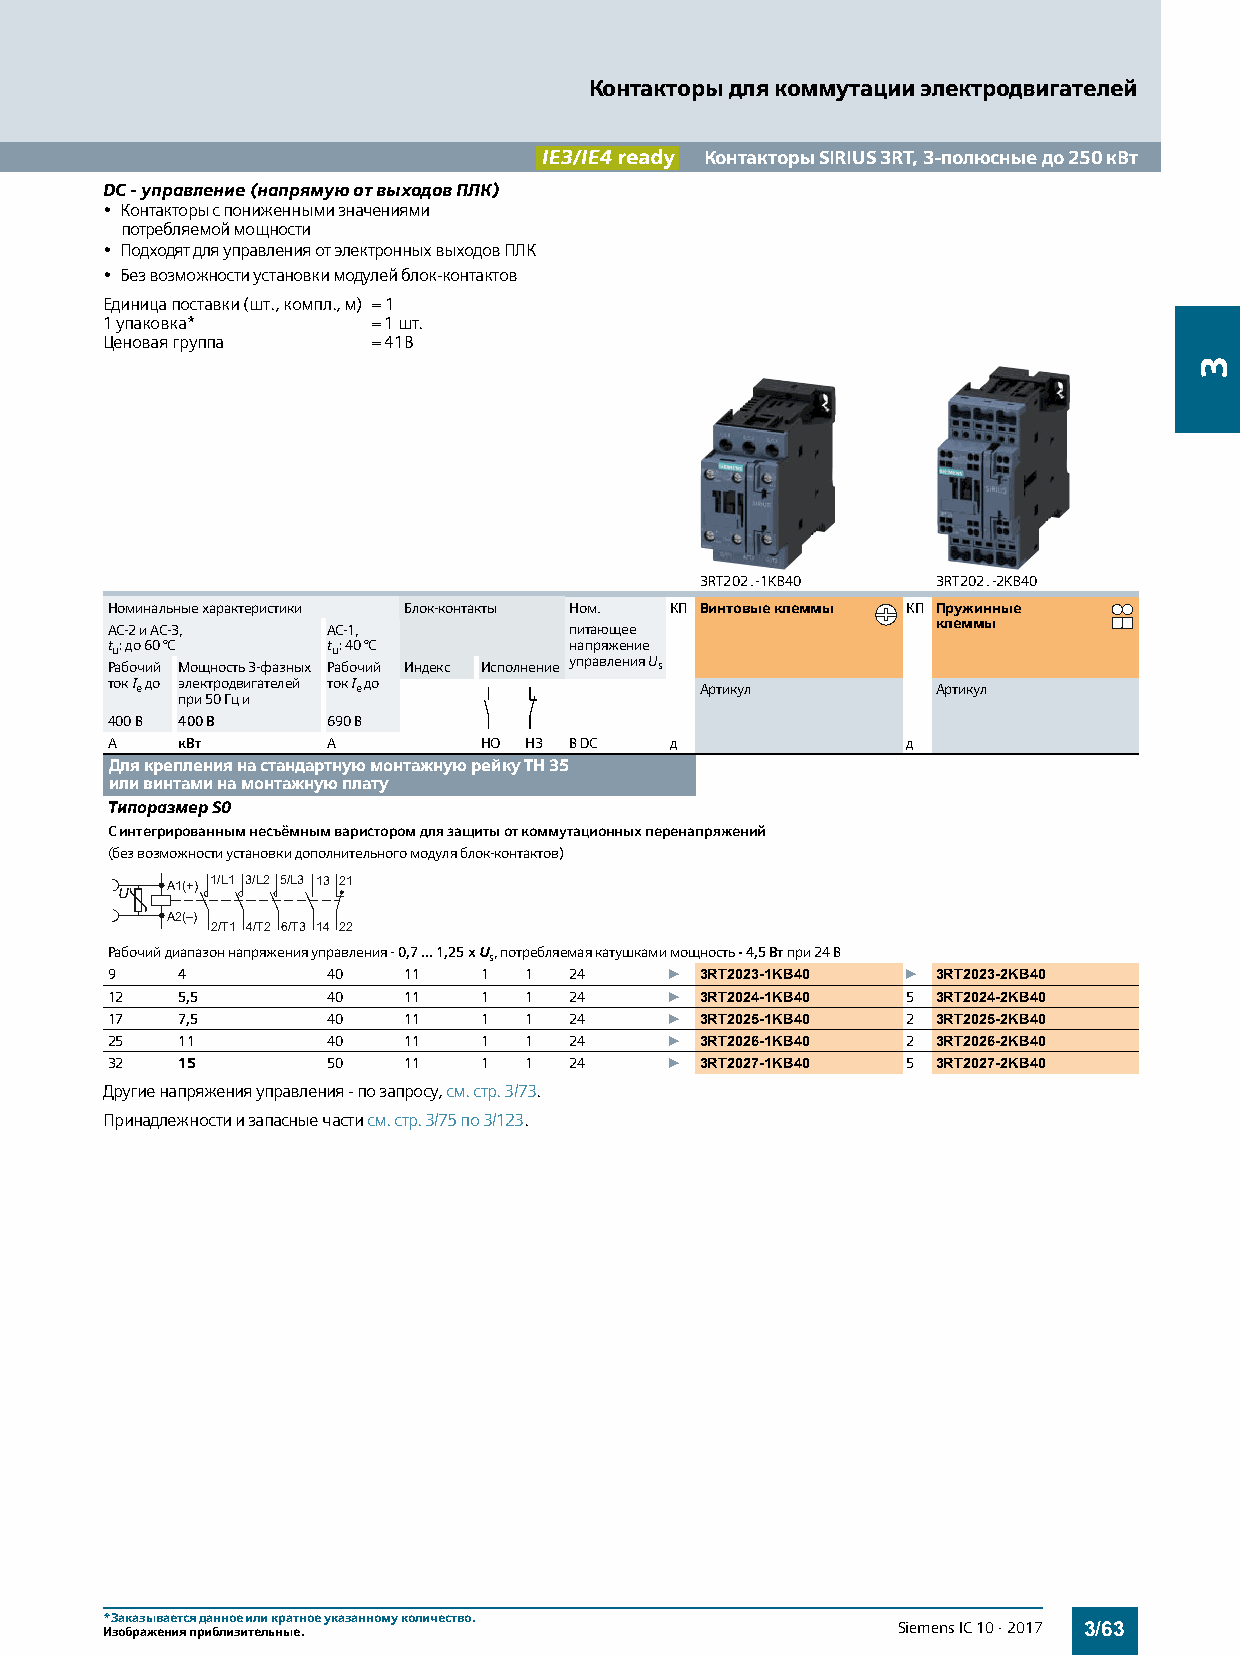
Контакторы для коммутации электродвигателей
 Контакторы SIRIUS 3RT, 3-полюсные до 250 кВт
 DC - управление (напрямую от выходов ПЛК)
 • Контакторы с пониженными значениями
 потребляемой мощности
 • Подходят для управления от электронных выходов ПЛК
 • Без возможности установки модулей блок-контактов
 Единица поставки (шт., компл., м) = 1
 1 упаковка*       = 1 шт.
 Ценовая группа    = 41B
 3RT202.-1KB40   3RT202.-2KB40
 Номинальные характеристики Блок-контакты Ном. КП Винтовые клеммы КП Пружинные
 AC-2 и AC-3,   AC-1,           питающее                клеммы
 tu: до 60 °C   tu: 40 °C       напряжение
 Рабочий Мощность 3-фазных Рабочий Индекс Исполнение
 управления Us
 ток I e до электродвигателей ток I e до Артикул        Артикул
 при 50Гц и
 400 В 400 В    690 В
 A    кВт       A         НО НЗ В DC  д               д
 Для крепления на стандартную монтажную рейку TH 35
 или винтами на монтажную плату
 Типоразмер S0
 С интегрированным несъёмным варистором для защиты от коммутационных перенапряжений
 (без возможности установки дополнительного модуля блок-контактов)
 A1(+) 1/L1 3/L2 5/L3 13 21
 A2(–)
 2/T1 4/T2 6/T3 14 22
 Рабочий диапазон напряжения управления - 0,7...1,25 x U s, потребляемая катушками мощность - 4,5 Вт при 24 В
 9    4         40   11   1  1  24    } 3RT2023-1KB40 } 3RT2023-2KB40
 12   5,5       40   11   1  1  24    } 3RT2024-1KB40 5 3RT2024-2KB40
 17   7,5       40   11   1  1  24    } 3RT2025-1KB40 2 3RT2025-2KB40
 25   11        40   11   1  1  24    } 3RT2026-1KB40 2 3RT2026-2KB40
 32   15        50   11   1  1  24    } 3RT2027-1KB40 5 3RT2027-2KB40
 Другие напряжения управления - по запросу, см. стр.3/73.
 Принадлежности и запасные части см. стр.3/75 по 3/123.
 *Заказывается данное или кратное указанному количество.
 Изображения приблизительные.                        Siemens IC 10 · 2017 3/63
 3